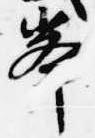
峯